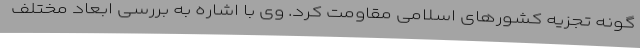
گونه تجزیه کشورهای اسلامی مقاومت کرد. وی با اشاره به بررسی ابعاد مختلف